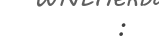
: